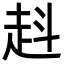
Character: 﨣